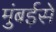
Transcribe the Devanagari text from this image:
मुंबईसे